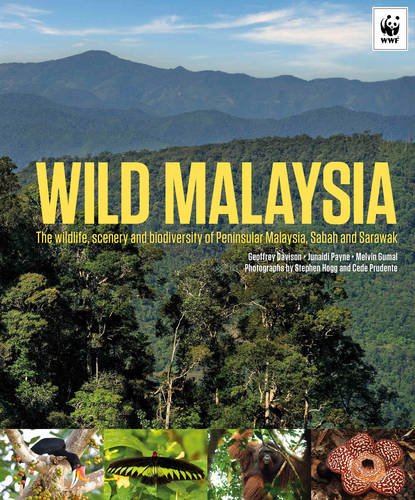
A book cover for Wild Malaysia: The Wildlife, Scenery, and Biodiversity of Peninsular Malaysia, Sabah, and Sarawak; Geoffrey Davison; Travel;